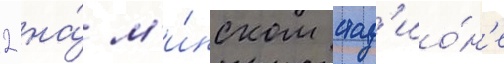
2 на́ м'и́нском стад'ио́н'е